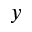
y